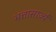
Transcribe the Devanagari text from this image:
भत्तासार्ज्य